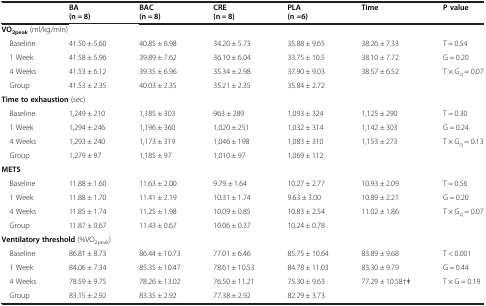
<table><thead><tr><td></td><td><b>BA (n = 8)</b></td><td><b>BAC (n = 8)</b></td><td><b>CRE (n = 8)</b></td><td><b>PLA (n =6)</b></td><td><b>Time</b></td><td><b>P value</b></td></tr></thead><tbody><tr><td colspan="7"><b>VO</b><sub><b>2peak</b></sub> (ml/kg/min)</td></tr><tr><td> Baseline</td><td>41.50 ± 5.60</td><td>40.85 ± 6.98</td><td>34.20 ± 5.73</td><td>35.88 ± 9.65</td><td>38.26 ± 7.33</td><td>T = 0.54</td></tr><tr><td> 1 Week</td><td>41.58 ± 5.96</td><td>39.89 ± 7.62</td><td>36.10 ± 6.04</td><td>33.75 ± 10.5</td><td>38.10 ± 7.72</td><td>G = 0.20</td></tr><tr><td> 4 Weeks</td><td>41.53 ± 6.12</td><td>39.35 ± 6.96</td><td>35.34 ± 2.98</td><td>37.90 ± 9.03</td><td>38.57 ± 6.52</td><td>T × G<sub>q</sub> = 0.07</td></tr><tr><td> Group</td><td>41.53 ± 2.35</td><td>40.03 ± 2.35</td><td>35.21 ± 2.35</td><td>35.84 ± 2.72</td><td></td><td></td></tr><tr><td colspan="7"><b>Time to exhaustion</b> (sec)</td></tr><tr><td> Baseline</td><td>1,249 ± 210</td><td>1,185 ± 303</td><td>963 ± 289</td><td>1,093 ± 324</td><td>1,125 ± 290</td><td>T = 0.30</td></tr><tr><td> 1 Week</td><td>1,294 ± 246</td><td>1,196 ± 360</td><td>1,020 ± 251</td><td>1,032 ± 314</td><td>1,142 ± 303</td><td>G = 0.24</td></tr><tr><td> 4 Weeks</td><td>1,293 ± 240</td><td>1,173 ± 319</td><td>1,046 ± 198</td><td>1,083 ± 310</td><td>1,153 ± 273</td><td>T × G<sub>q</sub> = 0.13</td></tr><tr><td> Group</td><td>1,279 ± 97</td><td>1,185 ± 97</td><td>1,010 ± 97</td><td>1,069 ± 112</td><td></td><td></td></tr><tr><td><b>METS</b></td><td></td><td></td><td></td><td></td><td></td><td></td></tr><tr><td> Baseline</td><td>11.88 ± 1.60</td><td>11.63 ± 2.00</td><td>9.79 ± 1.64</td><td>10.27 ± 2.77</td><td>10.93 ± 2.09</td><td>T = 0.56</td></tr><tr><td> 1 Week</td><td>11.88 ± 1.70</td><td>11.41 ± 2.19</td><td>10.31 ± 1.74</td><td>9.63 ± 3.00</td><td>10.89 ± 2.21</td><td>G = 0.20</td></tr><tr><td> 4 Weeks</td><td>11.85 ± 1.74</td><td>11.25 ± 1.98</td><td>10.09 ± 0.85</td><td>10.83 ± 2.54</td><td>11.02 ± 1.86</td><td>T × G<sub>q</sub> = 0.07</td></tr><tr><td> Group</td><td>11.87 ± 0.67</td><td>11.43 ± 0.67</td><td>10.06 ± 0.37</td><td>10.24 ± 0.78</td><td></td><td></td></tr><tr><td colspan="7"><b>Ventilatory threshold</b> (%VO<sub>2peak</sub>)</td></tr><tr><td> Baseline</td><td>86.81 ± 8.73</td><td>86.44 ± 10.73</td><td>77.01 ± 6.46</td><td>85.75 ± 10.64</td><td>83.89 ± 9.68</td><td>T &lt; 0.001</td></tr><tr><td> 1 Week</td><td>84.06 ± 7.34</td><td>85.35 ± 10.47</td><td>78.61 ± 10.53</td><td>84.78 ± 11.03</td><td>83.30 ± 9.79</td><td>G = 0.44</td></tr><tr><td> 4 Weeks</td><td>78.59 ± 9.75</td><td>78.26 ± 13.02</td><td>76.50 ± 11.21</td><td>75.30 ± 9.63</td><td>77.29 ± 10.58†ǂ</td><td>T × G = 0.19</td></tr><tr><td> Group</td><td>83.15 ± 2.92</td><td>83.35 ± 2.92</td><td>77.38 ± 2.92</td><td>82.29 ± 3.73</td><td></td><td></td></tr></tbody></table>